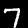
Label: 7